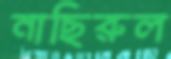
নাছিরুল